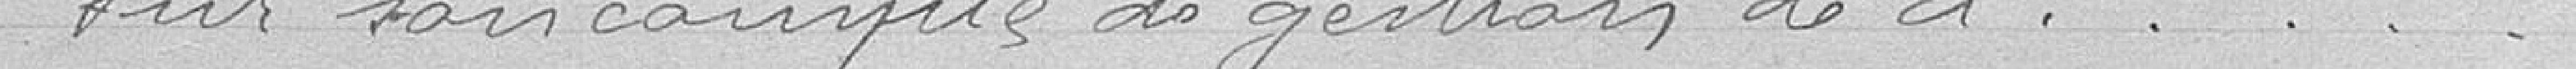
sur son compte de gestion de ci....